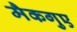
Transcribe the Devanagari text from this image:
मैकगुए